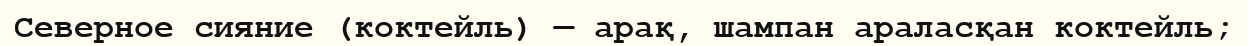
Северное сияние (коктейль) — арақ, шампан араласқан коктейль;